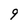
Character: 9